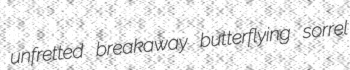
unfretted breakaway butterflying sorrel